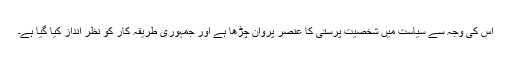
اس کی وجہ سے سیاست میں شخصیت پرستی کا عنصر پروان چڑھا ہے اور جمہوری طریقہ کار کو نظر انداز کیا گیا ہے۔